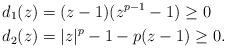
LaTeX: \begin{align*}d_1(z) &= (z-1)(z^{p-1}-1) \geq 0\\d_2(z) &= |z|^p - 1 - p (z-1) \geq 0.\end{align*}